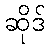
ဆိုဒ်